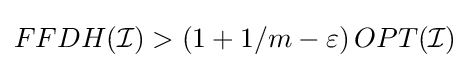
FFDH({\mathcal {I}})>\left(1+1/m-\varepsilon \right)OPT({\mathcal {I}})